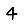
Digit: 4